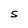
Character: S